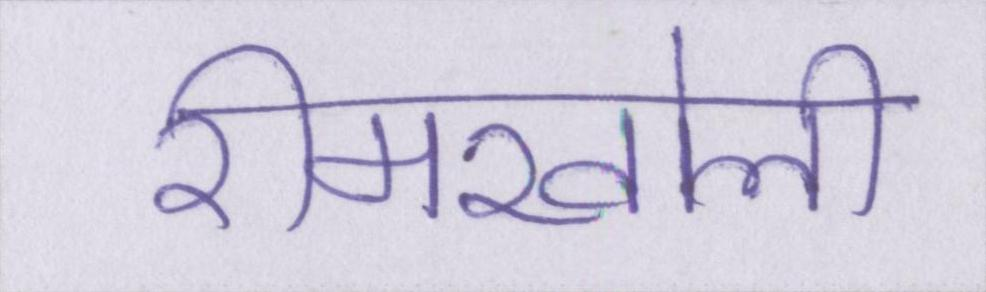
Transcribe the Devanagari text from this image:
रीमखोली